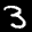
Label: 3